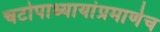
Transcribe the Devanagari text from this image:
चटोपाध्यायांप्रमाणेच